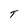
Character: T